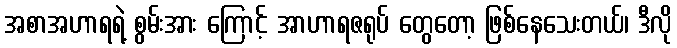
အစာအဟာရရဲ့ စွမ်းအား ကြောင့် အာဟာရဇရုပ် တွေတော့ ဖြစ်နေသေးတယ်၊ ဒီလို